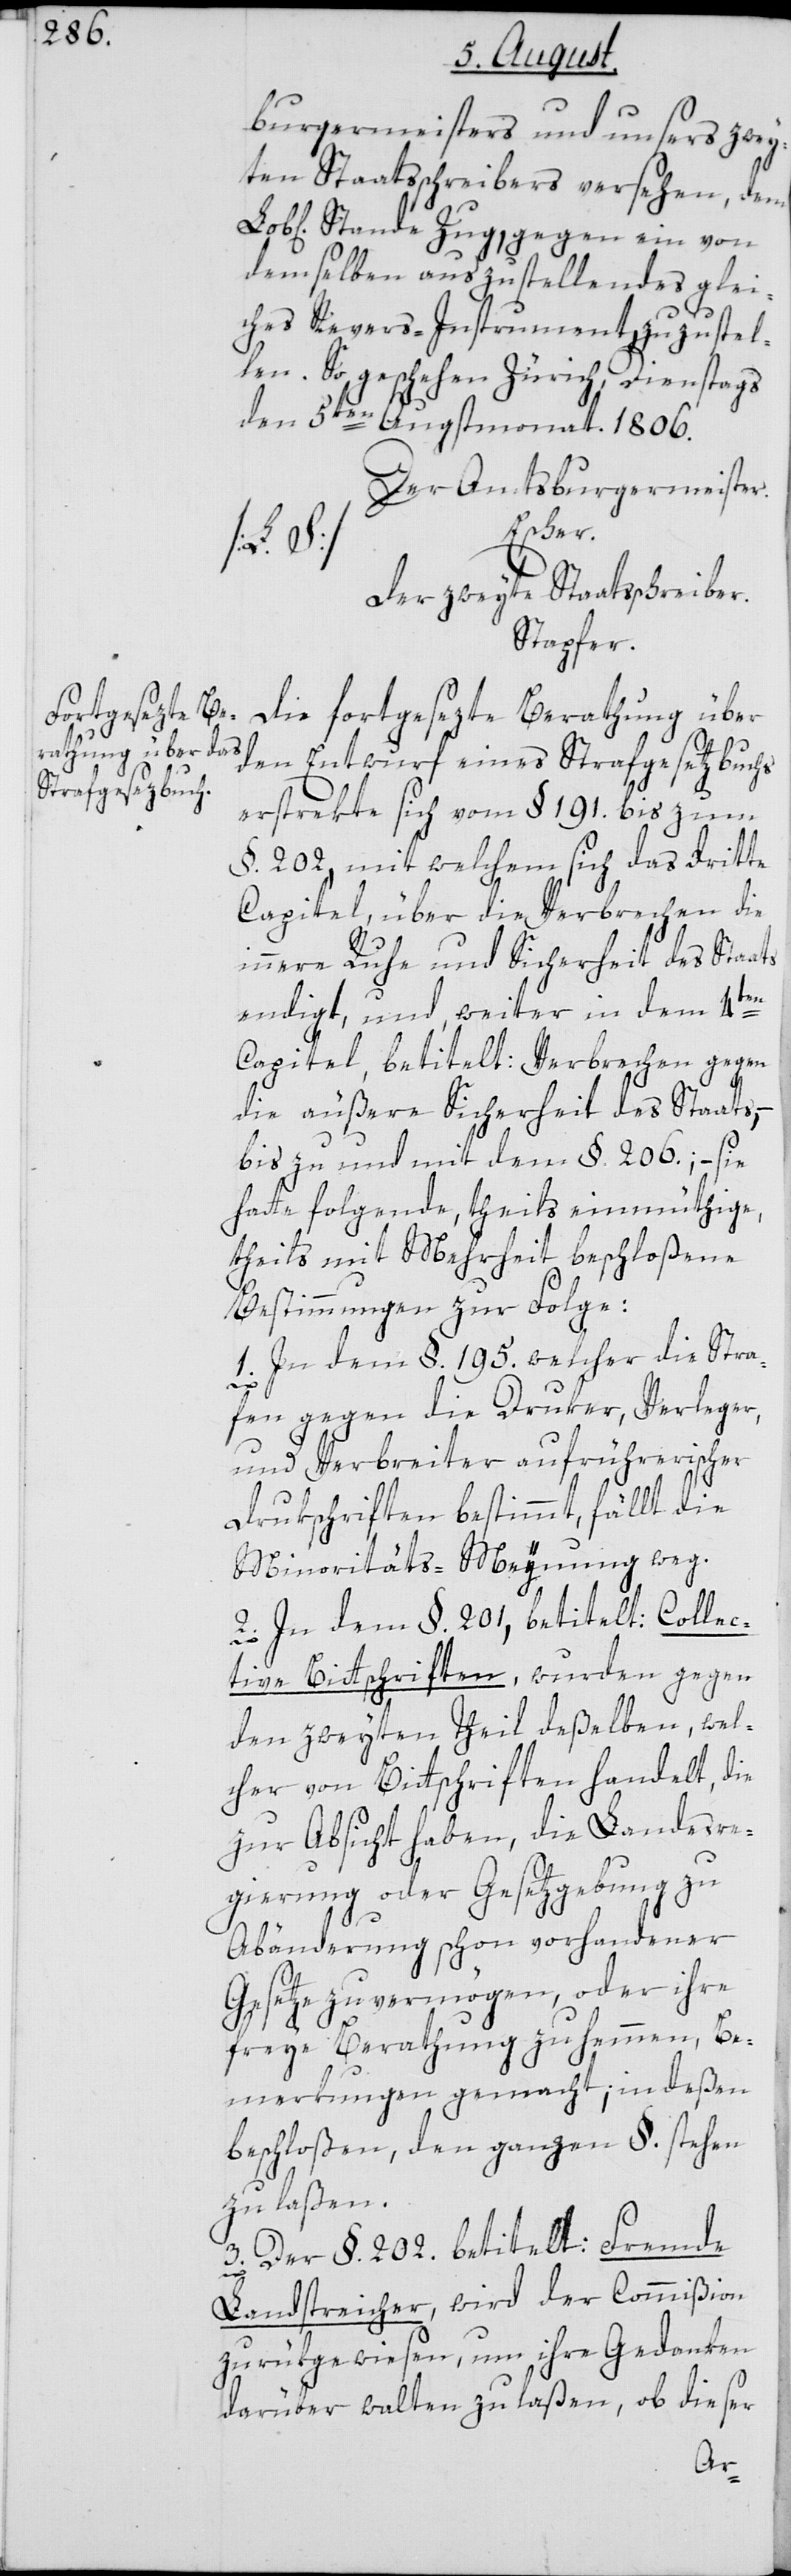
burgermeisters und unsers zwey¬
ten Staatsschreibers versehen, dem
Stande Zug, gegen ein von
demselben auszustellendes glei¬
ches Revers-Instruments, zuzustel¬
So geschehen, Zürich, Dienstags
den 5ten Augstmonat. 1806.
Der Amtsburgermeister.
Escher.
[L. S.]
Der zweyte Staatsschreiber.
Stapfer.
Die fortgesezte Berathung über
den Entwurf eines Strafgesetzbuchs
erstrekte sich vom § 191. bis zum
§. 202, mit welchem sich das dritte
Capitel, über die Verbrechen, die
innere Ruhe und Sicherheit des Staats
endigt, und weiter in dem 4ten
Capitel, betitelt: Verbrechen gegen
die äußere Sicherheit des Staats, –
bis zu und mit dem §. 206.; – sie
hatte folgende, theils einmüthige,
theils mit Mehrheit beschloßene
Bestimmungen zur Folge:
1. In dem § 195. welcher die Stra¬
fen gegen die Druker, Verleger,
und Verbreiter aufrüherischer
Drukschriften bestimmt, fällt die
Minoritäts-Meynung weg.
2. In dem §. 201, betitelt: Collec¬
tive Bittschriften, wurden gegen
den zweyten Theil deßelben, wel¬
cher von Bittschriften handelt, die
zur Absicht haben, die Landesre¬
gierung oder Gesetzgebung zu
Abänderung schon vorhandener
Gesetze zu vermögen, oder ihre
freye Berathung zu hemmen, Be¬
merkungen gemacht; indeßen
beschloßen, den ganzen §. stehen
zu laßen.
3. Der §. 202. betitelt: Fremde
Landstreicher, wird der Commißion
zurükgewiesen, um ihre Gedanken
darüber walten zu laßen, ob dieser
len.